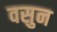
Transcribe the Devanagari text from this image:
वसुन